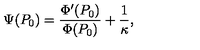
\Psi ( P _ { 0 } ) = \frac { \Phi ^ { \prime } ( P _ { 0 } ) } { \Phi ( P _ { 0 } ) } + \frac 1 \kappa ,